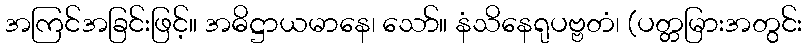
အကြင်အခြင်းဖြင့်။ အဓိဋ္ဌာယမာနေ၊ သော်။ နံသိနေရုပဗ္ဗတံ၊ (ပတ္တမြားအတွင်း